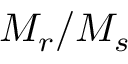
M _ { r } / M _ { s }